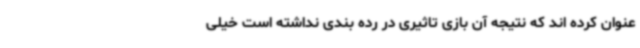
عنوان کرده اند که نتیجه آن بازی تاثیری در رده بندی نداشته است خیلی